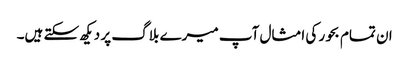
ان تمام بحور کی امثال آپ میرے بلاگ پر دیکھ سکتے ہیں۔